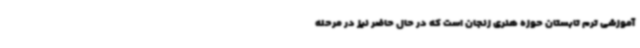
آموزشی ترم تابستان حوزه هنری زنجان است که در حال حاضر نیز در مرحله